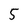
Character: 5